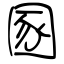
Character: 圂